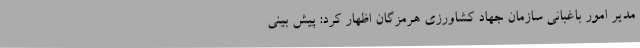
مدیر امور باغبانی سازمان جهاد کشاورزی هرمزگان اظهار کرد: پیش بینی